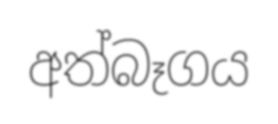
අත්බෑගය